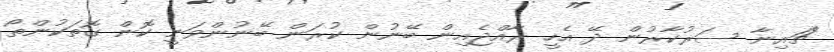
"ޗައިނާ ސަރުކާރުން ދޭ އެހީ ރާއްޖެއިން ބޭނުން ކުރަން ބޭނުންވަނީ ކޮން ގޮތަކުންތޯ